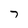
Character: 7